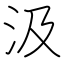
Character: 汲